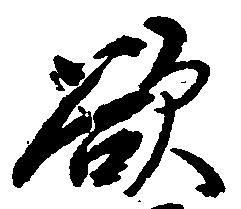
欲